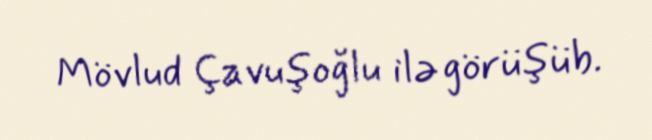
Mövlud Çavuşoğlu ilə görüşüb.